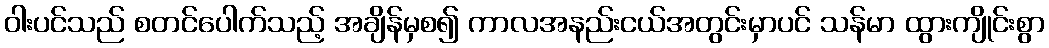
ဝါးပင်သည် စတင်ပေါက်သည့် အချိန်မှစ၍ ကာလအနည်းငယ်အတွင်းမှာပင် သန်မာ ထွားကျိုင်းစွာ